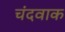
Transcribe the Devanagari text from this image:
चंदवाक